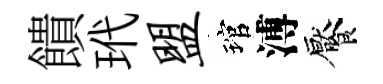
饋玳盟琯溥饜